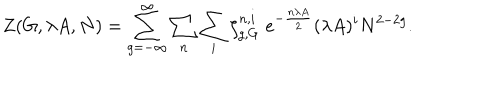
LaTeX: Z ( G , \lambda A , N ) = \sum _ { g = - \infty } ^ { \infty } \sum _ { n } \sum _ { i } \zeta _ { g , G } ^ { n , i } \; e ^ { - { \frac { n \lambda A } { 2 } } } ( \lambda A ) ^ { i } N ^ { 2 - 2 g } .